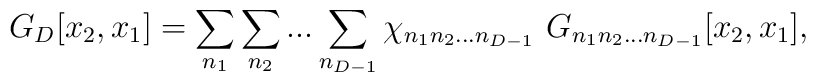
G_D [x_2, x_1] = \sum_{n_1} \sum_{n_2} ...\sum_{n_{D-1}} \chi_{n_1 n_2 ...n_{D-1}} \,\,G_{n_1 n_2 ...n_{D-1}}[x_2, x_1],